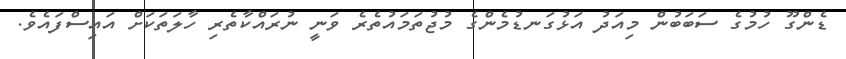
ޑެންގޫ ހުމުގެ ސަބަބުން މިއަދު އަޅުގަނޑުމެންގެ މުޖުތަމައުތެރެ ވަނީ ނުރައްކާތެރި ހާލަތަކަށް އައިސްފައެވެ.